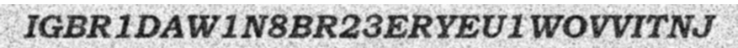
IGBR1DAW1N8BR23ERYEU1WOVVITNJ